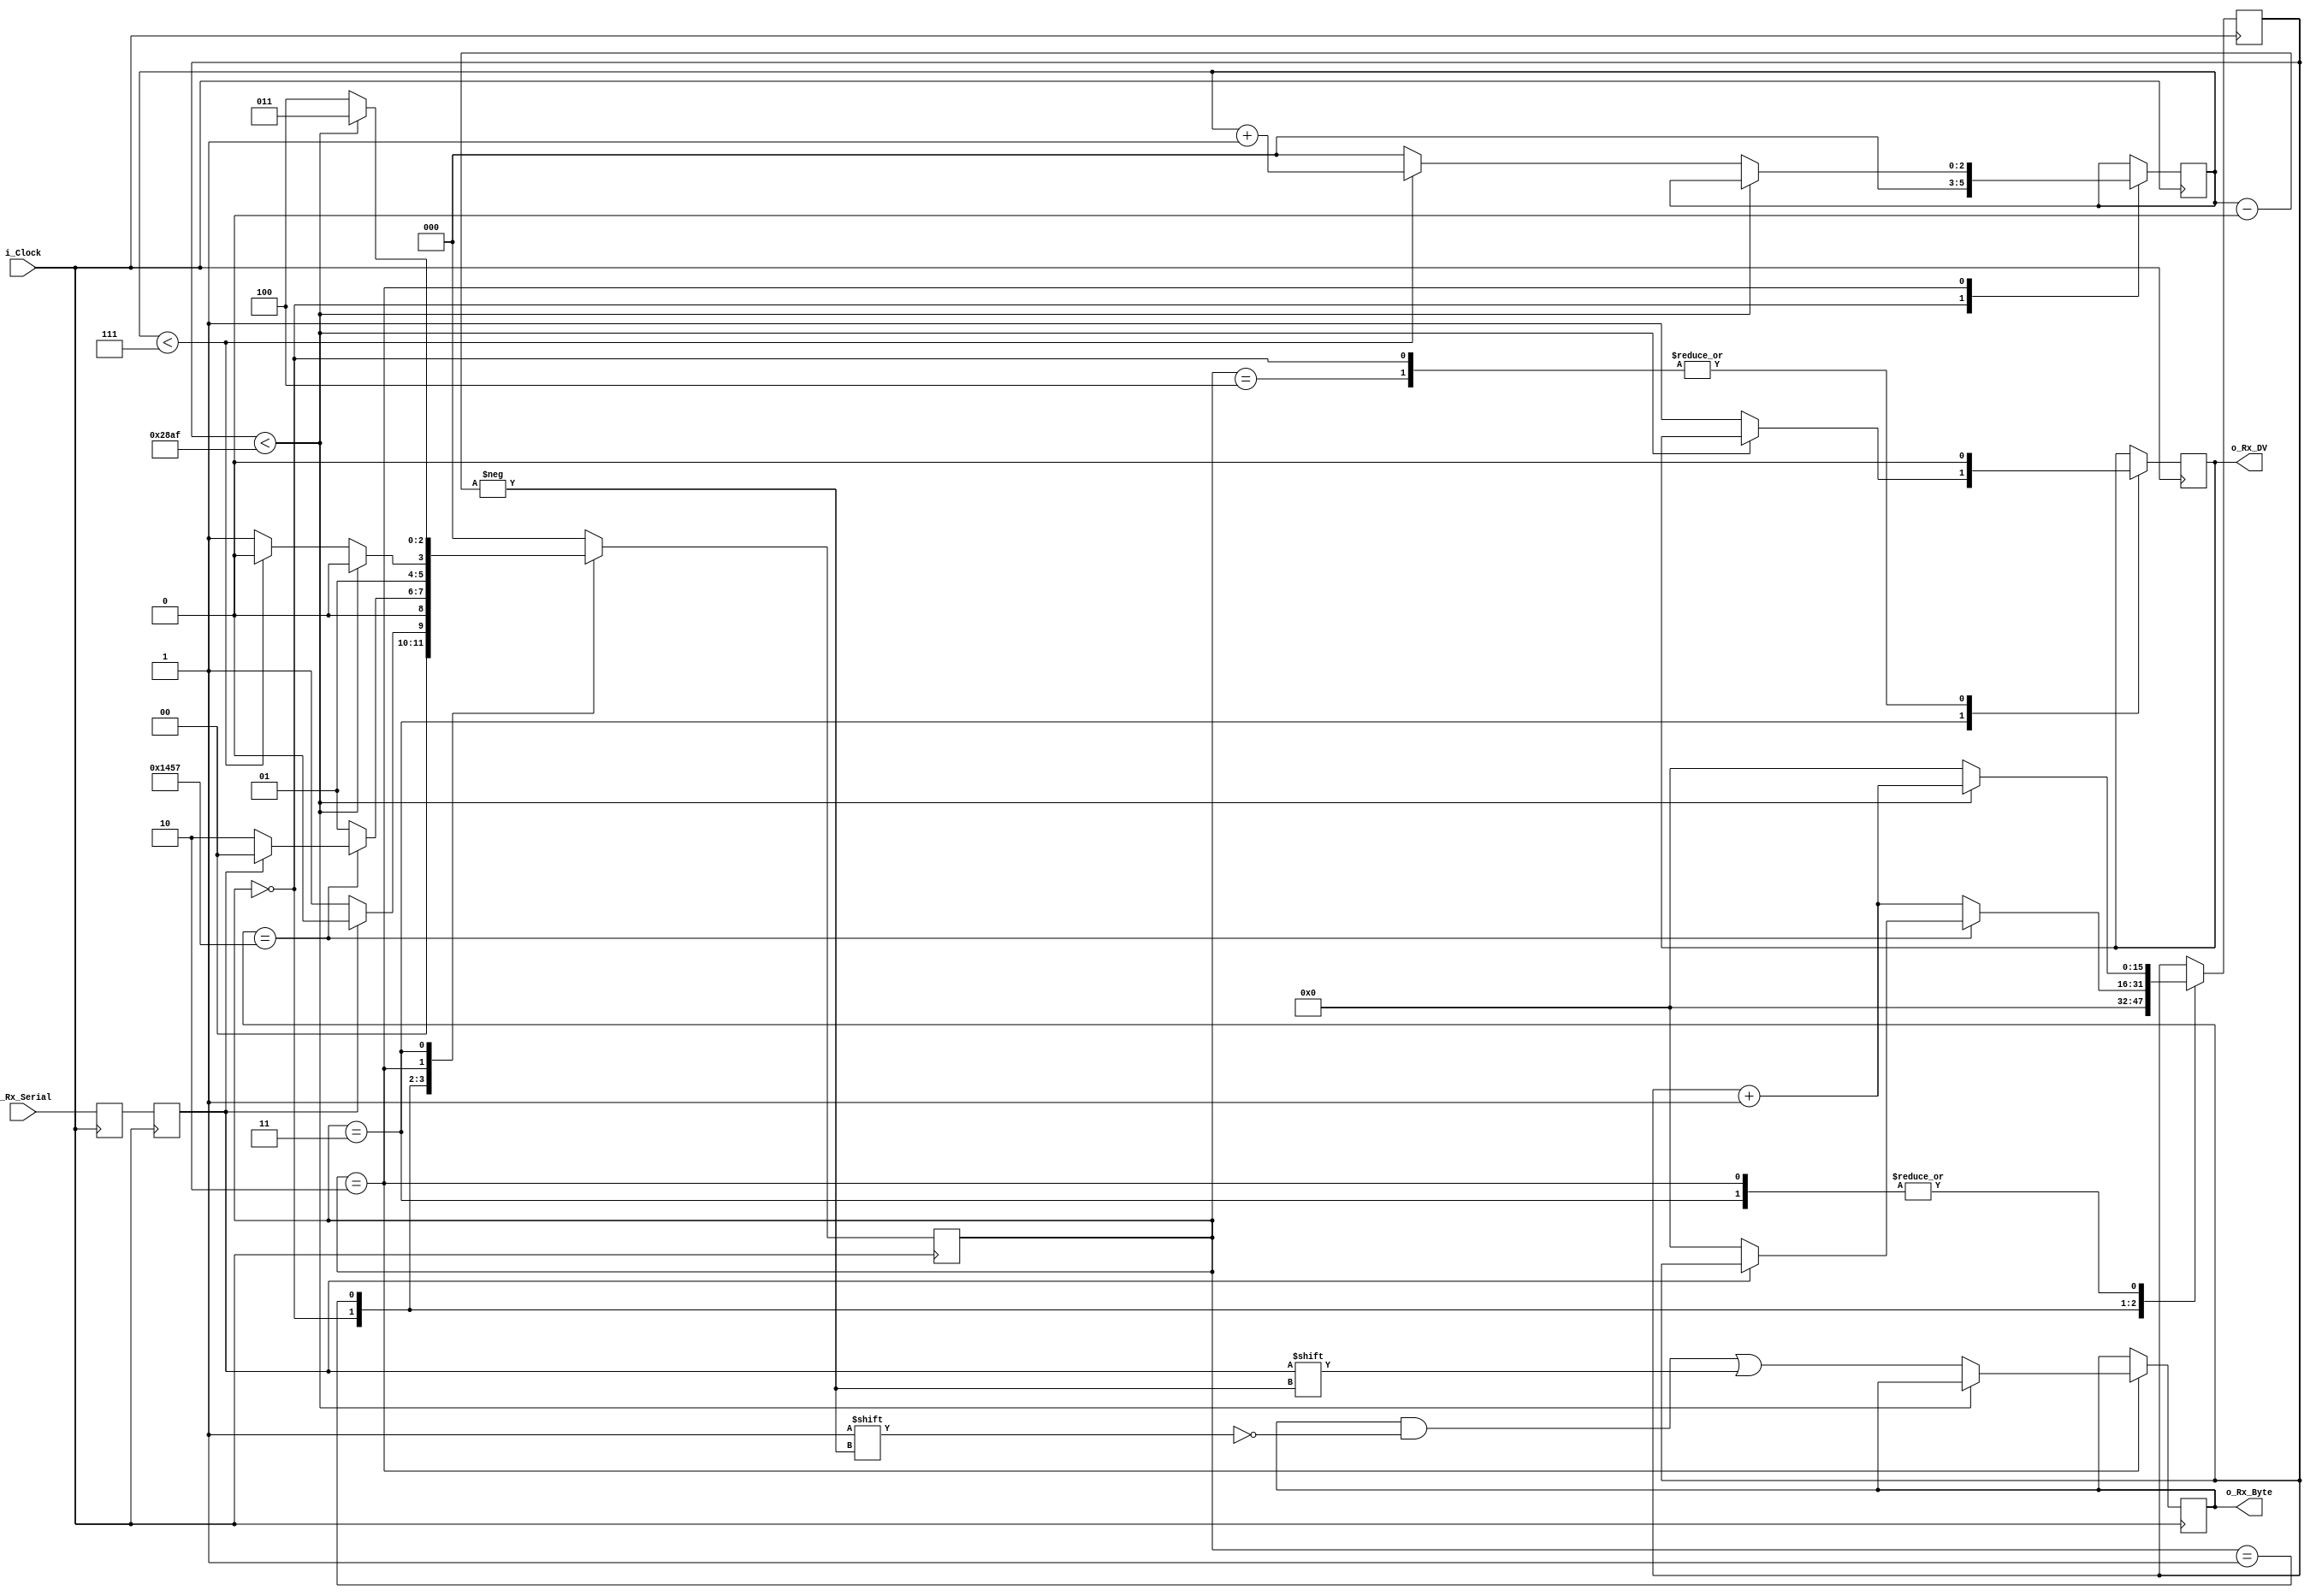
`timescale 1ns / 1ps
//////////////////////////////////////////////////////////////////////////////////
// Company: 
// Engineer: 
// 
// Design Name: 
// Module Name: uart_rx
// Project Name: 
// Target Devices: 
// Tool Versions: 
// Description: 
// 
// Dependencies: 
// 
// Revision:
// Revision 0.01 - File Created
// Additional Comments:
// 
//////////////////////////////////////////////////////////////////////////////////


//////////////////////////////////////////////////////////////////////
// Rescatado de https://nandland.com/uart-serial-port-module/
//////////////////////////////////////////////////////////////////////

// CLKS_PER_BIT = (Frequencia i_Clock)/(Frecuencia de UART)
// Ejemplo: 100 MHz Clock, 9600 baud UART
// (100 000 000)/(9600) = 10416 

module uart_rx 
  (
   input        i_Clock,
   input        i_Rx_Serial,
   output       o_Rx_DV,
   output [7:0] o_Rx_Byte
   );
   
  parameter CLKS_PER_BIT   = 10416;
  parameter s_IDLE         = 3'b000;  // A continuacin cada uno de los estados asociados a la
  parameter s_RX_START_BIT = 3'b001;  // FSM que permite la comunicacin UART. IDLE es el estado
  parameter s_RX_DATA_BITS = 3'b010;  // en el que se espera recibir un bit de inicio. 
  parameter s_RX_STOP_BIT  = 3'b011;  // START es el estado en en el cual se espera que 
  parameter s_CLEANUP      = 3'b100;
   
  reg           r_Rx_Data_R = 1'b1;
  reg           r_Rx_Data   = 1'b1;
   
  reg [15:0]     r_Clock_Count = 0;
  reg [2:0]     r_Bit_Index   = 0; //8 bits total
  reg [7:0]     r_Rx_Byte     = 0;
  reg           r_Rx_DV       = 0; // Esta seal se utiliza para indicar si los datos estan disponibles para ser usado
  reg [2:0]     r_SM_Main     = 0;
   
  
  
  always @(posedge i_Clock)
    begin
      r_Rx_Data_R <= i_Rx_Serial;   // Utilizado para evitar problemas de metaestabilidad
      r_Rx_Data   <= r_Rx_Data_R;   // as, se sincroniza correctamente los bits que entran
    end                             // a la FSM
   
   
  // FSM del receptor serial
  always @(posedge i_Clock)
    begin
      case (r_SM_Main)
        s_IDLE :
                  begin
                    r_Rx_DV       <= 1'b0;    
                    r_Clock_Count <= 0;
                    r_Bit_Index   <= 0;
                     
                    if (r_Rx_Data == 1'b0)          // Se detecta el primer bit
                      r_SM_Main <= s_RX_START_BIT;
                    else
                      r_SM_Main <= s_IDLE;
                  end 
         
        // Se verifica que el bit de inicio sigue siendo 0
        s_RX_START_BIT :
                  begin
                    if (r_Clock_Count == (CLKS_PER_BIT-1)/2)
                      begin
                        if (r_Rx_Data == 1'b0)
                          begin
                            r_Clock_Count <= 0;  // Se resetea el contador, pues llegamos a la mitad
                            r_SM_Main     <= s_RX_DATA_BITS;
                          end
                        else
                          r_SM_Main <= s_IDLE;
                      end
                    else
                      begin
                        r_Clock_Count <= r_Clock_Count + 1;
                        r_SM_Main     <= s_RX_START_BIT;
                      end
                  end
                 
        // Esperamos un ciclo de CLKS_PER_BIT-1 para samplear el bit serial
        s_RX_DATA_BITS :
                  begin
                    if (r_Clock_Count < CLKS_PER_BIT-1)
                      begin
                        r_Clock_Count <= r_Clock_Count + 1;
                        r_SM_Main     <= s_RX_DATA_BITS;
                      end
                    else
                      begin
                        r_Clock_Count          <= 0;
                        r_Rx_Byte[r_Bit_Index] <= r_Rx_Data;
                         
                        // Checkeamos si se recibieron todos los bits
                        if (r_Bit_Index < 7)
                          begin
                            r_Bit_Index <= r_Bit_Index + 1;
                            r_SM_Main   <= s_RX_DATA_BITS;
                          end
                        else
                          begin
                            r_Bit_Index <= 0;
                            r_SM_Main   <= s_RX_STOP_BIT;
                          end
                      end
                  end
     
     
        // Se espera a recibir el bit de trmnino igual a 1'b1
        s_RX_STOP_BIT :
                  begin
                    // Esperamos CLKS_PER_BIT-1 de ciclos de clock para terminar 
                    // la recepcin del bit de trmino
                    if (r_Clock_Count < CLKS_PER_BIT-1)
                      begin
                        r_Clock_Count <= r_Clock_Count + 1;
                        r_SM_Main     <= s_RX_STOP_BIT;
                      end
                    else
                      begin
                        r_Rx_DV       <= 1'b1;
                        r_Clock_Count <= 0;
                        r_SM_Main     <= s_CLEANUP;
                      end
                  end 
             
         
        // Un clk en este estado y se vuelve a IDLE
        s_CLEANUP :
                  begin
                    r_SM_Main <= s_IDLE;
                    r_Rx_DV   <= 1'b0;
                  end
         
         
        default :
                 r_SM_Main <= s_IDLE;
         
      endcase
    end   
   
  assign o_Rx_DV   = r_Rx_DV;
  assign o_Rx_Byte = r_Rx_Byte;
   
endmodule